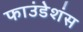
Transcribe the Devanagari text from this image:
फाउंडेशंस